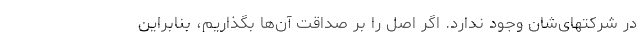
در شرکتهای‌شان وجود ندارد. اگر اصل را بر صداقت آن‌ها بگذاریم، بنابراین